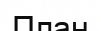
План